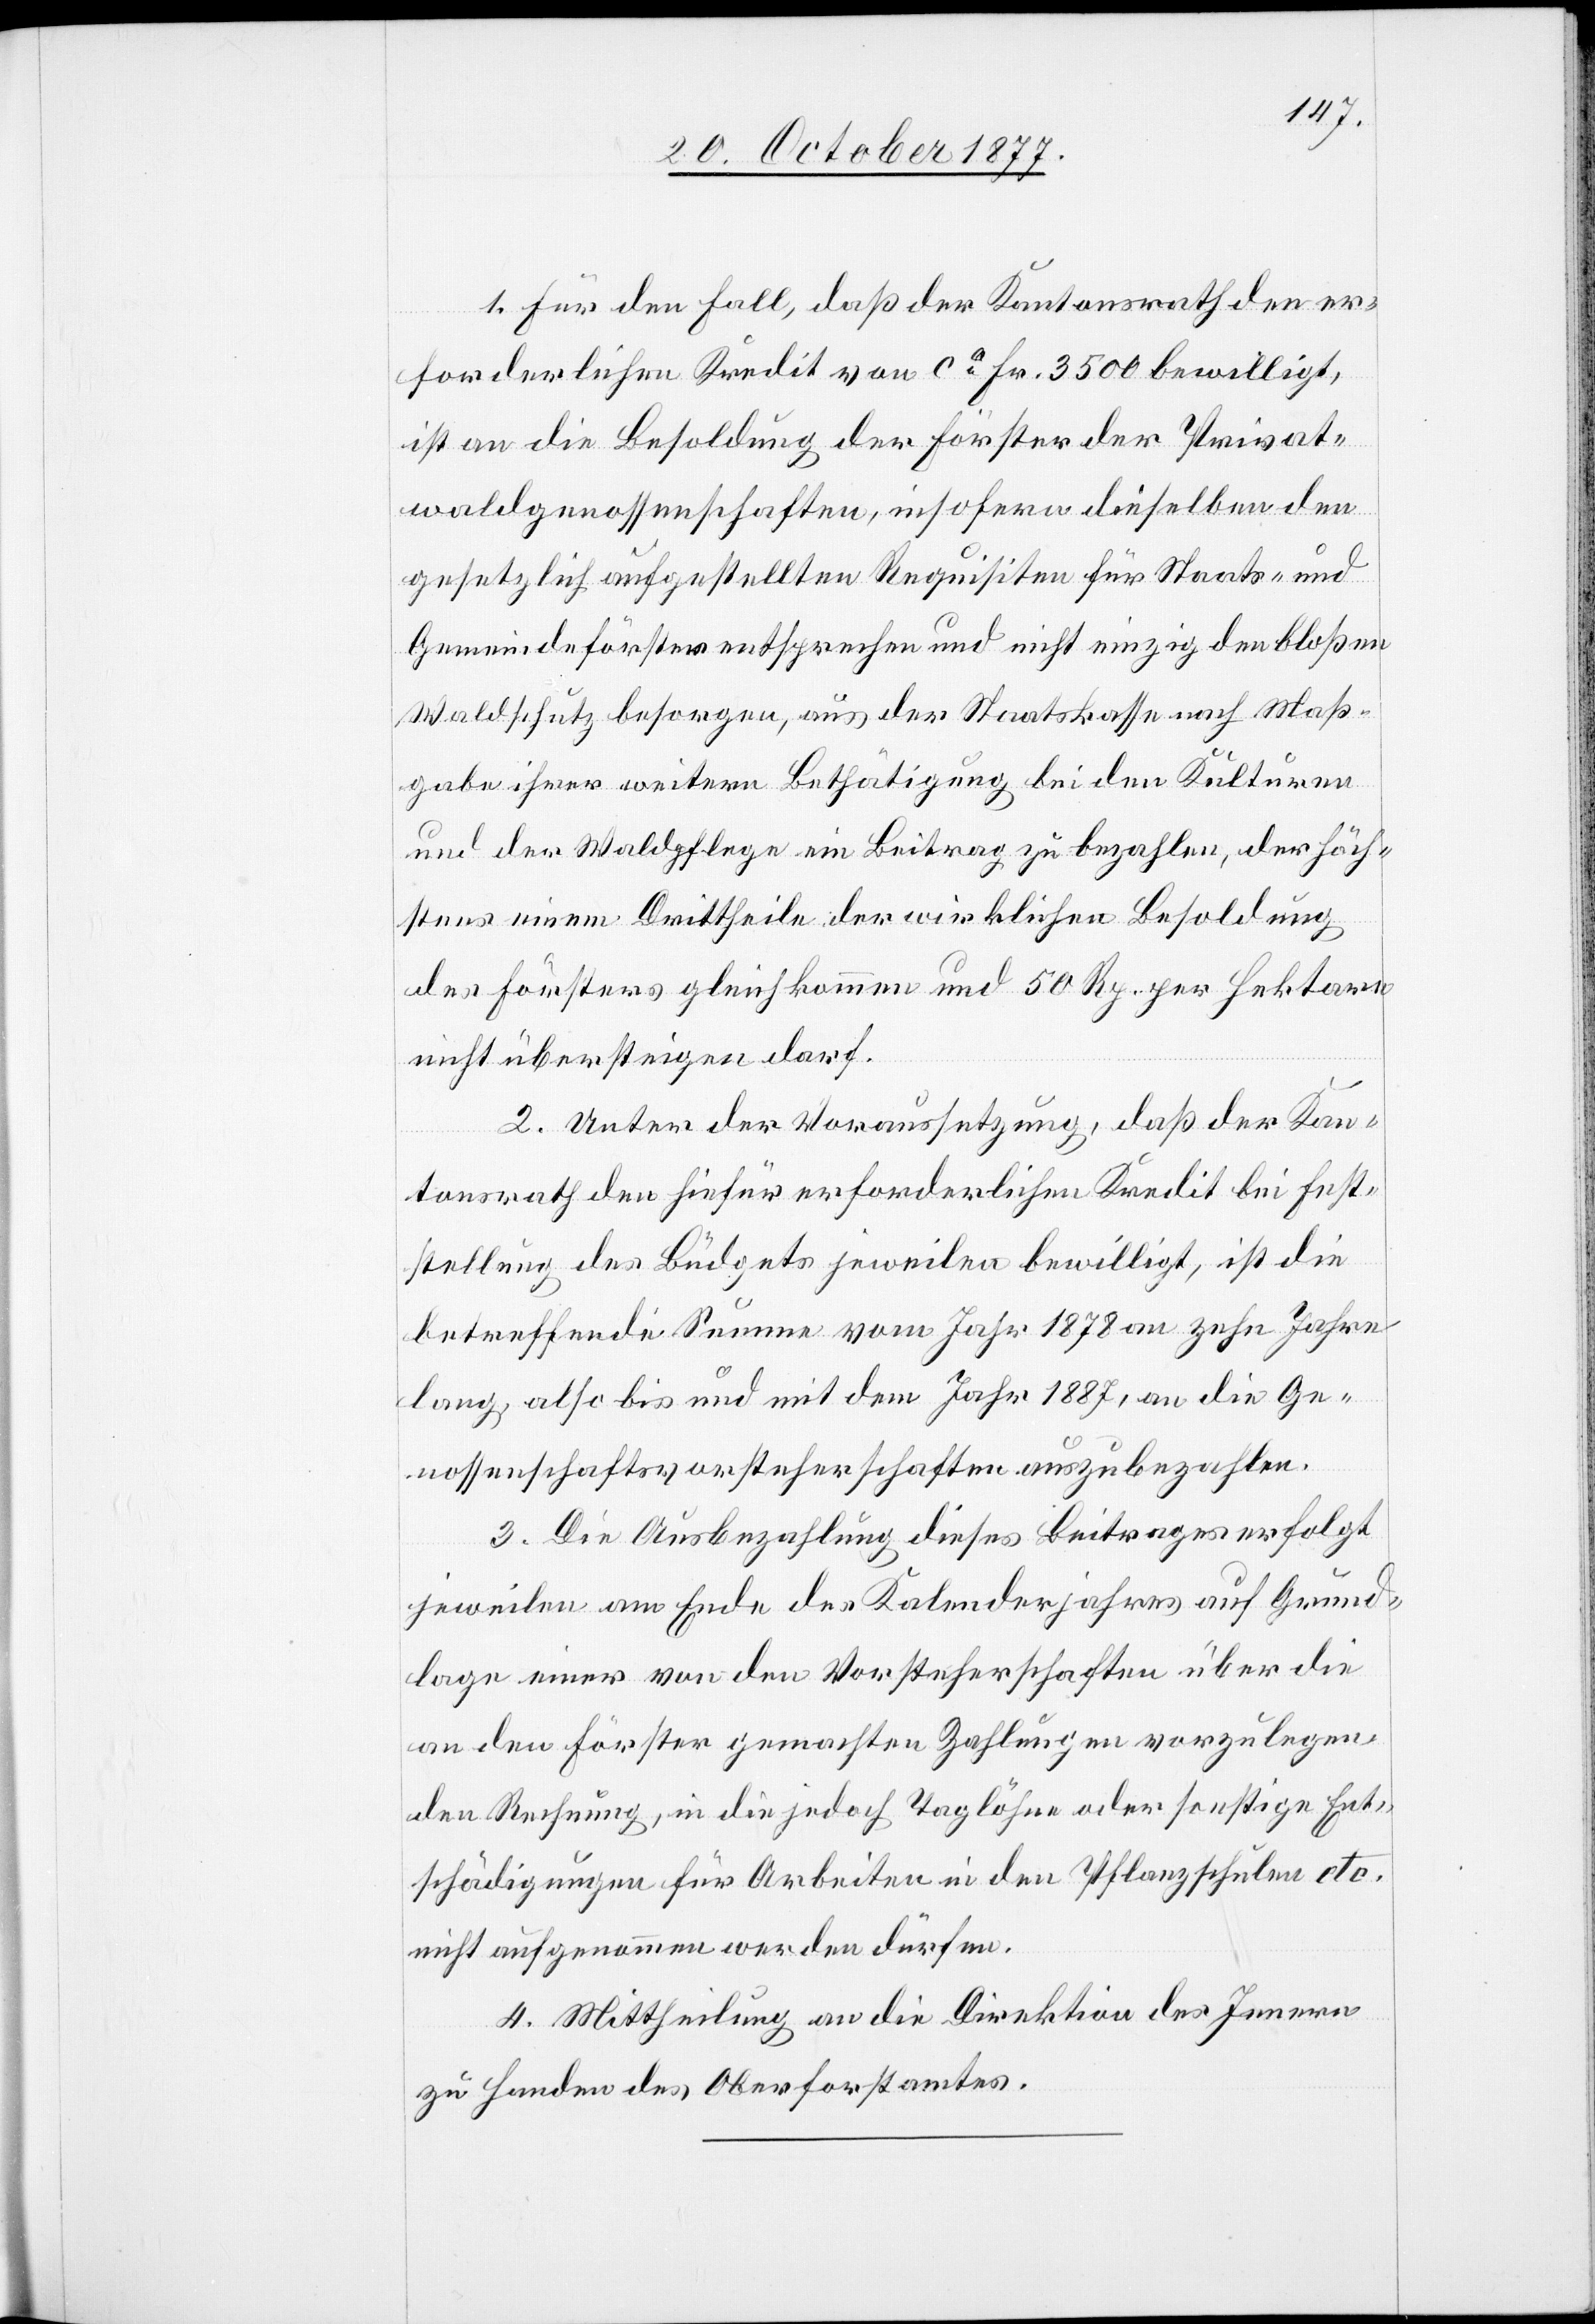
1. Für den Fall, daß der Kantonsrath den er¬
forderlichen Kredit von ca Fr. 3500 bewilligt,
ist an die Besoldung der Förster der Privat¬
waldgenossenschaften, insofern dieselben den
gesetzlich aufgestellten Requisiten für Staats- und
Gemeindeförster entsprechen und nicht einzig den bloßen
Waldschutz besorgen, aus der Staatskasse nach Maß¬
gabe ihrer weitern Bethätigung bei den Kulturen
und der Waldpflege ein Beitrag zu bezahlen, der höch¬
stens einem Drittheile der wirklichen Besoldung
des Försters gleichkommen und 50 Rp. per Hektare
nicht übersteigen darf.
2. Unter der Voraussetzung, daß der Kan¬
tonsrath den hiefür erforderlichen Kredit bei Fest¬
stellung des Büdgets jeweilen bewilligt, ist die
betreffende Summe vom Jahr 1878 an zehn Jahre
lang, also bis und mit dem Jahr 1887, an die Ge¬
nossenschaftsvorsteherschaften auszubezahlen.
3. Die Ausbezahlung dieses Beitrages erfolgt
jeweilen am Ende des Kalenderjahres auf Grund¬
lage einer von den Vorsteherschaften über die
an den Förster gemachten Zahlungen vorzulegen¬
den Rechnung, in die jedoch Taglöhne oder sonstige Ent¬
schädigungen für Arbeiten in den Pflanzschulen etc.
nicht aufgenommen werden dürfen.
4. Mittheilung an die Direktion des Innern
zu Handen des Oberforstamtes.